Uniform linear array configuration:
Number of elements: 64
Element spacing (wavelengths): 0.75
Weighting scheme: hamming
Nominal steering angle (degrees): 15
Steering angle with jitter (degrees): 13.607
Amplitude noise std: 0.05
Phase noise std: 0.05

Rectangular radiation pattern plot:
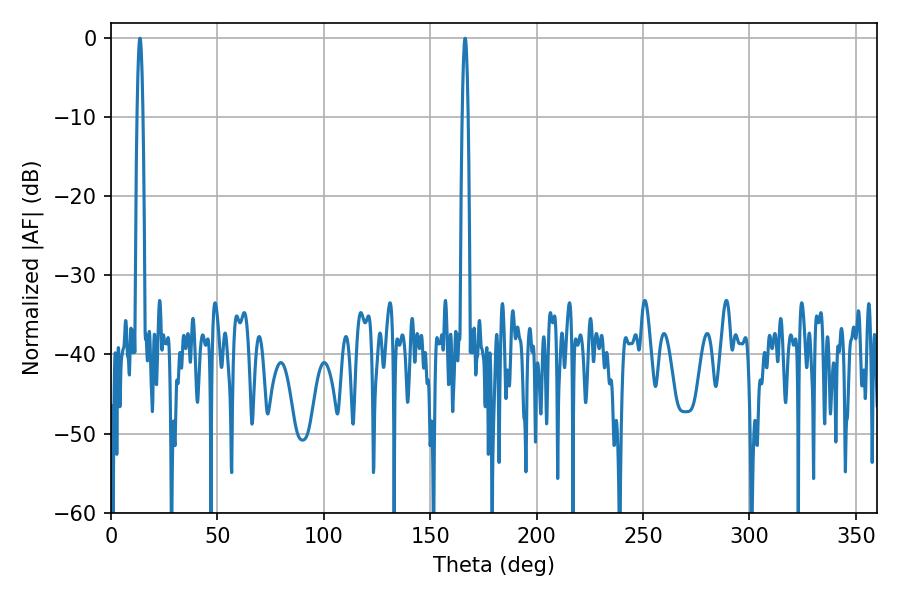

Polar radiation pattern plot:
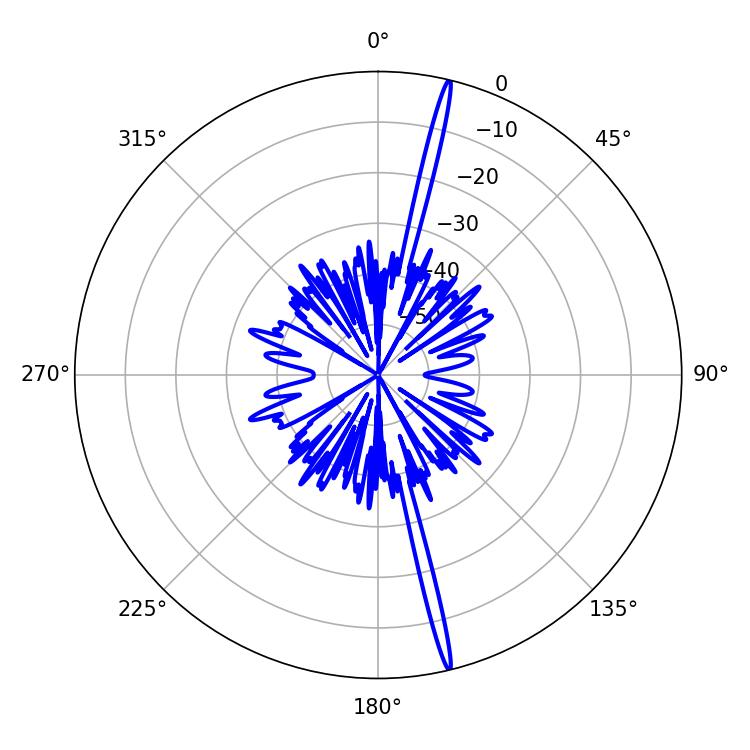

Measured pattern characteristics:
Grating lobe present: TRUE
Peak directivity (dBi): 21.57
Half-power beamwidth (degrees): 1.44
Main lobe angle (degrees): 166.32